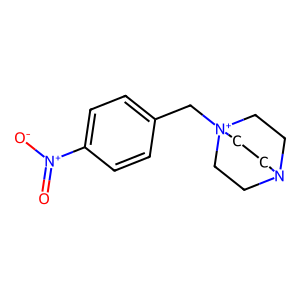
SMILES: O=[N+]([O-])c1ccc(C[N+]23CCN(CC2)CC3)cc1
Inhibits HIV replication: No